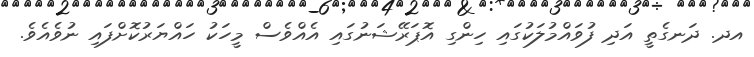
އދ. ދަނގެތީ އަދި ފުވައްމުލަކުގައި ހިންގި އޮޕަރޭޝަނުގައި އެއްވެސް މީހަކު ހައްޔަރުކޮށްފައި ނުވެއެވެ.